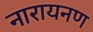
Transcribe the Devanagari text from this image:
नारायनण